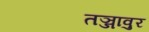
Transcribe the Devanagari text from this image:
तञ्जावुर